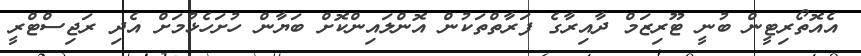
އެއޮތޯރިޓީން ބުނީ ޓޫރިޒަމް ދާއިރާގެ ފަރާތްތަކުން އޮންލައިންކޮށް ބަޔާން ހުށަހެޅުމަށް އެދި ރަޖިސްޓްރީ